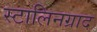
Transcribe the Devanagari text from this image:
स्टालिनग्राद